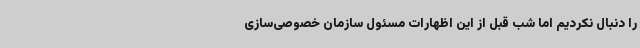
را دنبال نکردیم اما شب قبل از این اظهارات مسئول سازمان خصوصی‌سازی